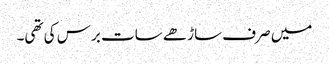
میں صرف ساڑھے سات برس کی تھی۔